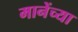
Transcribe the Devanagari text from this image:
मानेंच्या